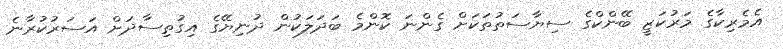
އެމެރިކާގެ މަރުކަޒީ ބޭންކްގެ ސިޔާސަތުތަކަށް ގެންނަ ކޮންމެ ބަދަލަކުން ދުނިޔޭގެ އިގުތިސާދަށް އަސަރުކުރާނެ